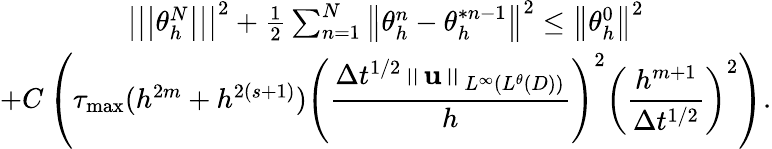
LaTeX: \begin{array}{c}{\left\vert\left\vert\left\vert\theta_{h}^{N}\right\vert\right\vert\right\vert^{2}+\frac{1}{2}\sum_{n=1}^{N}\left\Vert\theta_{h}^{n}-\theta_{h}^{\ast n-1}\right\Vert^{2}\leq\left\Vert\theta_{h}^{0}\right\Vert^{2}}\\ {+C\left(\tau_{\operatorname*{max}}(h^{2m}+h^{2\left(s+1\right)})\displaystyle\left(\frac{\Delta t^{1/2}\left\Vert\mathbf{u}\right\Vert_{L^{\infty}(L^{\theta}(D))}}{h}\right)^{2}\left(\frac{h^{m+1}}{\Delta t^{1/2}}\right)^{2}\right).}\end{array}